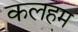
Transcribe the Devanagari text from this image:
कलहम